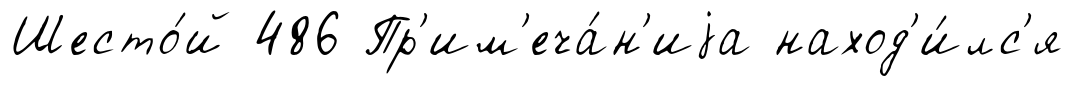
Шесто́й 486 Пр'им'еча́н'иjа наход'и́лс'я